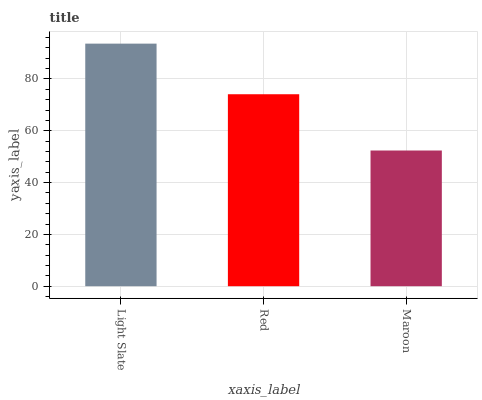
| xaxis_label | bars |
 | --- | --- |
 | Light Slate | 93.6 |
 | Red | 74.1 |
 | Maroon | 52.4 |